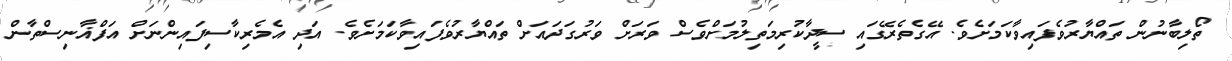
ތޯލިބާނުން ތައްޔާރުވެފައިވާކަމަށެވެ. އޭގެތެރޭގައި ސީދާކުރިމަތިލުމަށްވެސް ވަރަށް ވަރުގަދައަށް ތައްޔާރުވެފައިވާކަމަށެވެ. އަދި އެމެރިކާސިފައިންނަށް އަފްޣާނިސްތާން